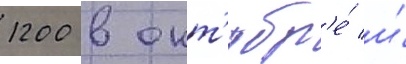
1200 в окт'ябр'е́ и́